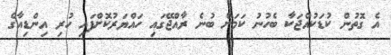
އެ ގޮތުން ކުޑަކުއްޖަކާ ބެހުނު ކަމަށް ބުނެ ރާއްޖޭގައި ހައްޔަރުކޮށްފައި ހުރި އިންޑިއާގެ